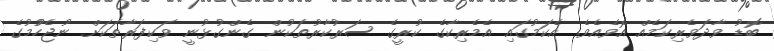
ބޮޑު ވާދަވެރިކަމެއް އޮވެއެވެ. އެކަމުގައި އެމެރިކާގެ ކުރީގެ ސަރުކާރުތަކުން ގެންގުޅުނީ ވަކިފަރާތަކަށް ނުޖެހުުމުގެ